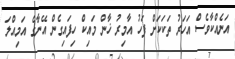
އަނެއްކާވެސް އަހަރު ތަކަކަށް ފަހު އާމިރު ޚާން މައިކް ހިފައިގެން އޭނާގެ އަމިއްލަ